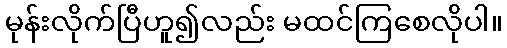
မုန်းလိုက်ပြီဟူ၍လည်း မထင်ကြစေလိုပါ။